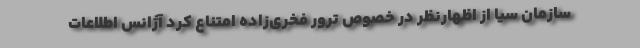
سازمان سیا از اظهارنظر در خصوص ترور فخری‌زاده امتناع کرد آژانس اطلاعات